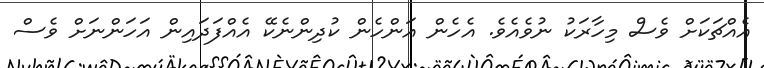
އެއްޗަކަށް ވެސް މިހާރަކު ނުވެއެވެ. އެހެން އަންހެން ކުދިންނެކޭ އެއްފަދައިން އަހަންނަށް ވެސް